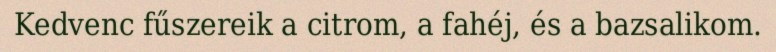
Kedvenc fűszereik a citrom, a fahéj, és a bazsalikom.